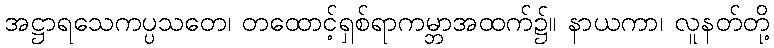
အဋ္ဌာရသေကပ္ပသတေ၊ တထောင့်ရှစ်ရာကမ္ဘာအထက်၌။ နာယကာ၊ လူနတ်တို့